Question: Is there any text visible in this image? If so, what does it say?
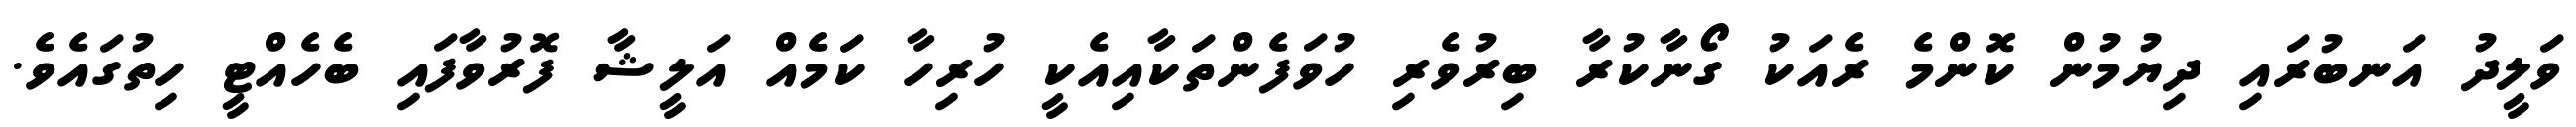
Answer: ވަލީދު އަނބުރައި ދިޔުމުން ކޮންމެ ރެއަކު ގޯނާކުރާ ބިރުވެރި ހުވަފެންތަކާއިއެކީ ހުރިހާ ކަމެއް އަލީޝާ ފޮރުވާފައި ބެހެއްޓީ ހިތުގައެވެ.